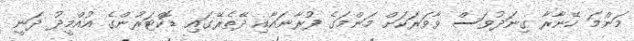
މަންމަ ހޭނާރާ ގިނަދުވަސް ވާވަރަކަށް މަންމަގެ ފުރާނައާއި ދޭތެރޭގައި ޑޮކްޓަރުންގެ އުއްމީދު ދަނީ